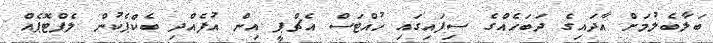
ބަލާބެލުމަށް އާދައިގެ ދަބަހެއްގެ ސިފައިގައި ހުއްޓަސް އެޗްޕީ އިން އުފެއްދި ބެކްޕެކުން ލެޕްޓޮޕެއް